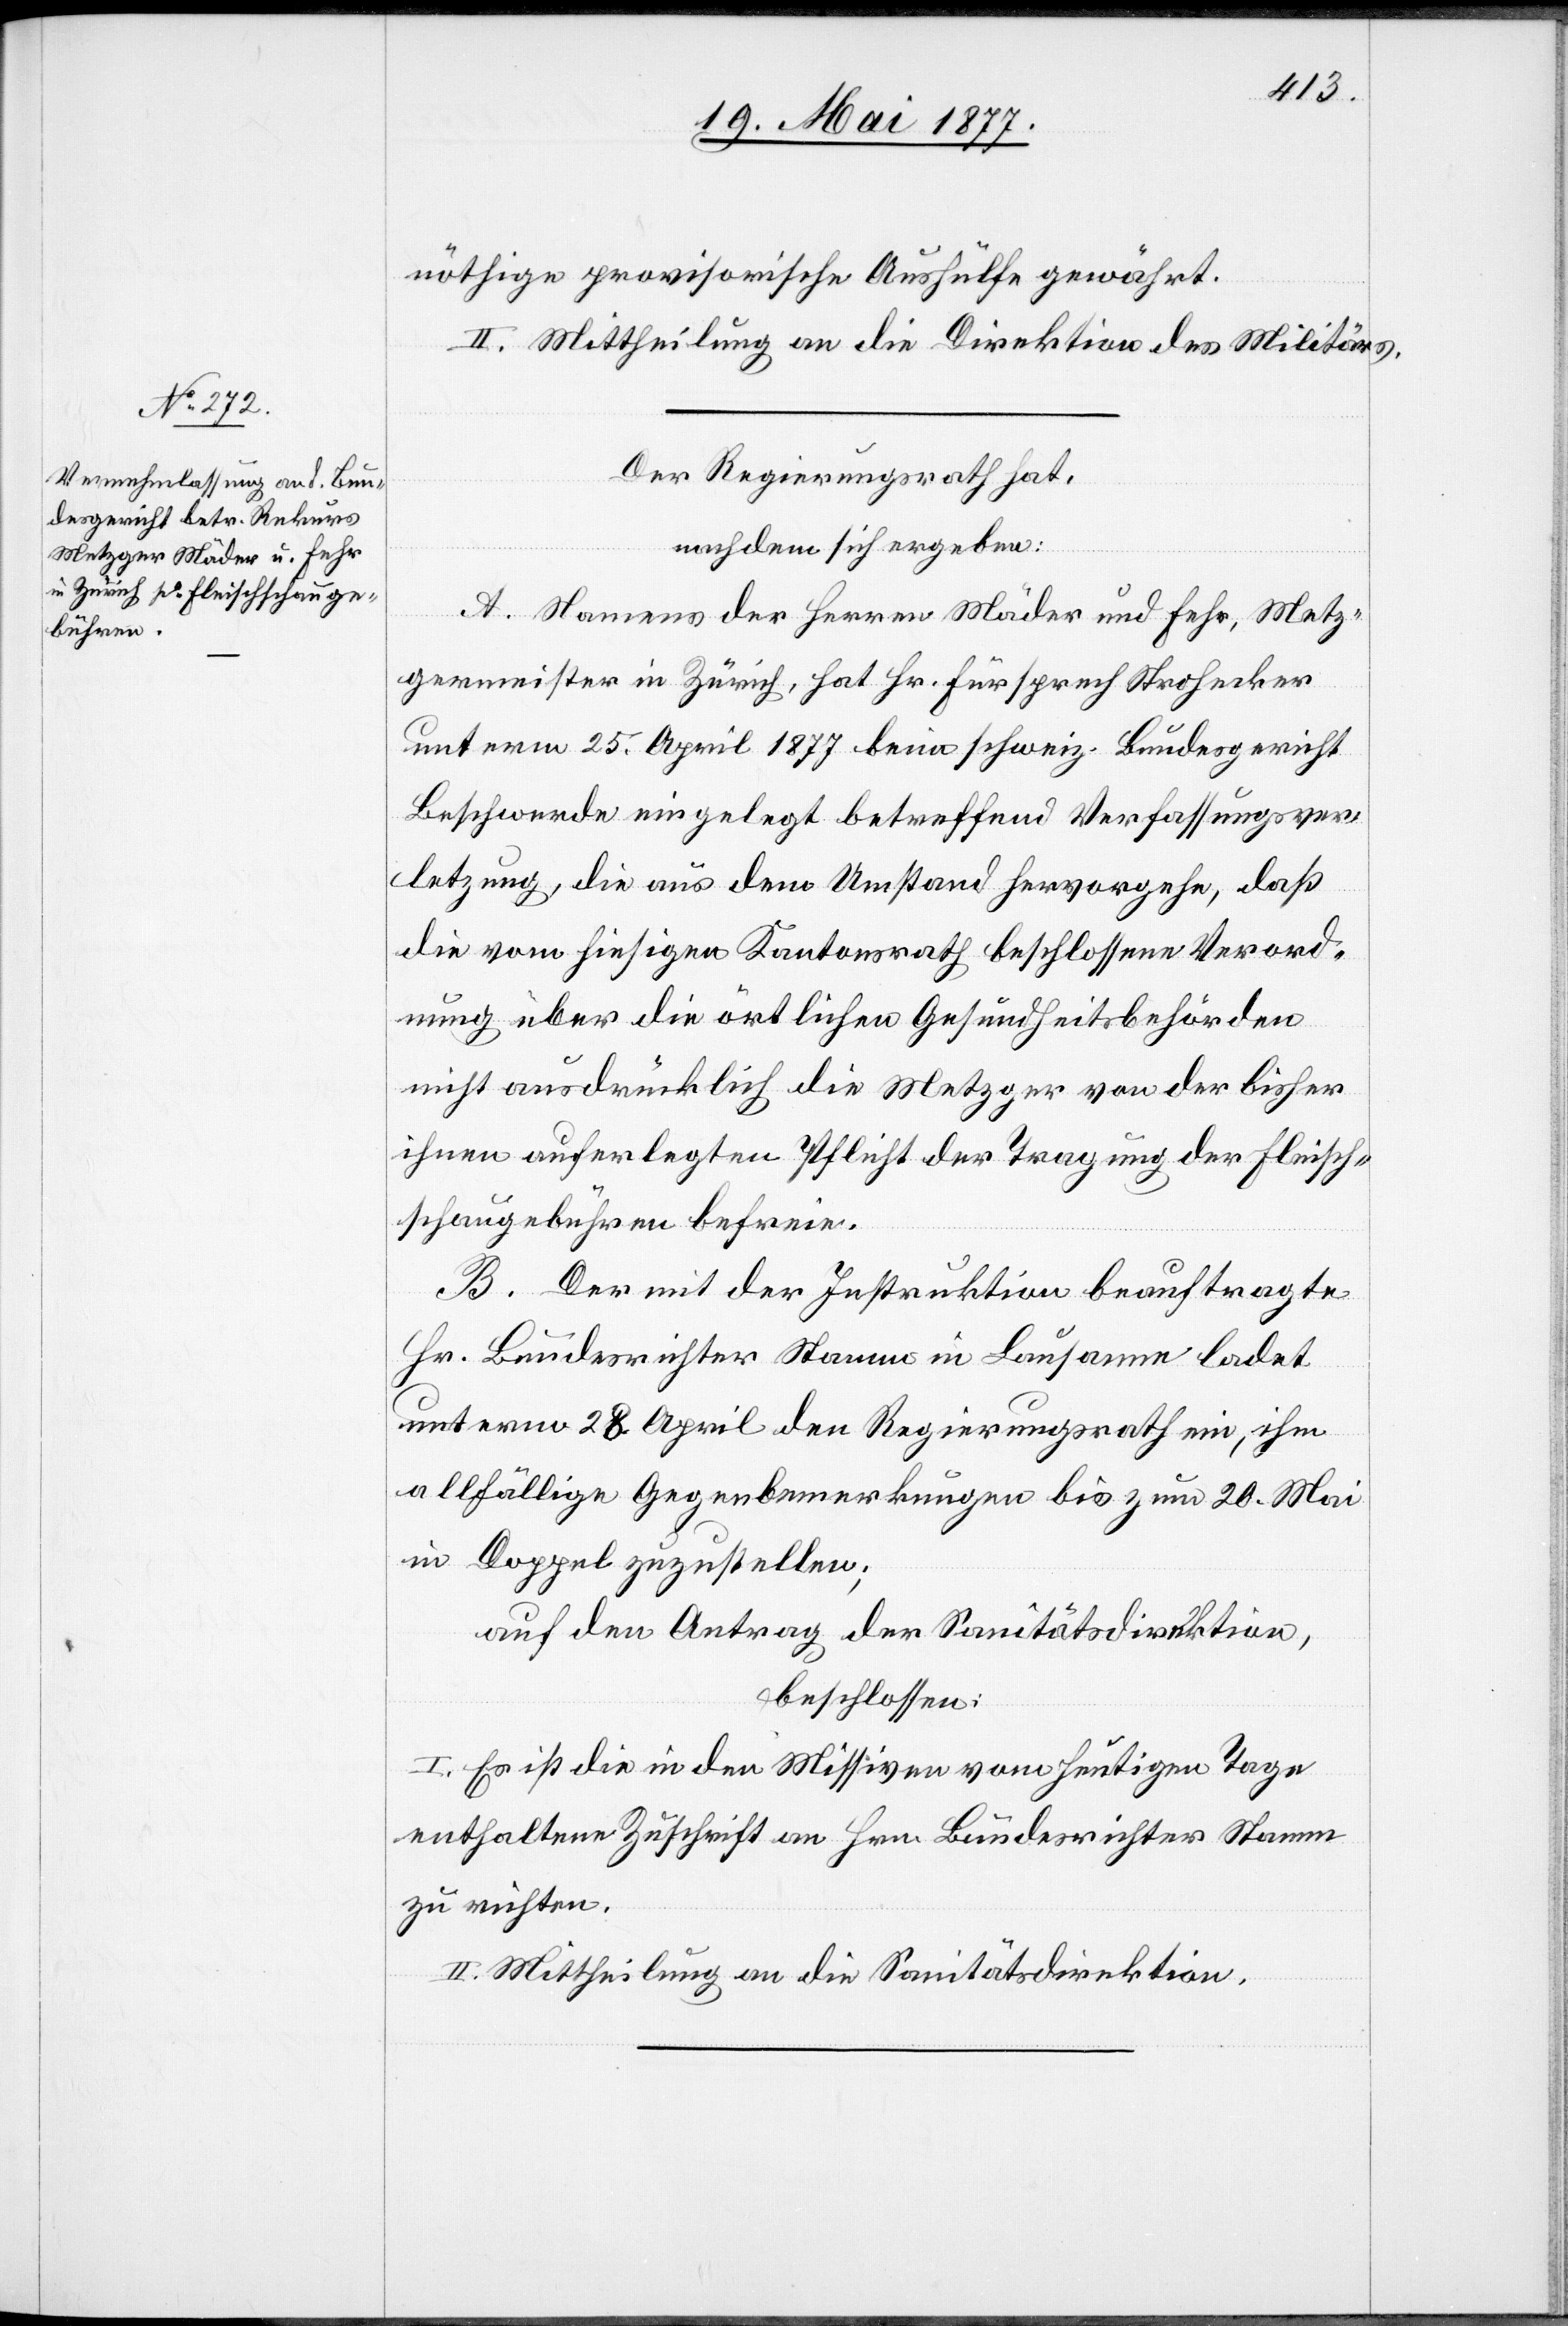
nöthige provisorische Aushülfe gewährt.
II. Mittheilung an die Direktion des Militärs.
Der Regierungsrath hat,
nachdem sich ergeben:
A. Namens der Herren Mäder und Fehr, Metz¬
germeister in Zürich, hat Hr. Fürsprech Strohecker
unterm 25. April 1877 beim schweiz. Bundesgericht
Beschwerde eingelegt betreffend Verfassungsver¬
letzung, die aus dem Umstand hervorgehe, daß
die vom hiesigen Kantonsrath beschlossene Verord¬
nung über die örtlichen Gesundheitsbehörden
nicht ausdrücklich die Metzger von der bisher
ihnen auferlegten Pflicht der Tragung der Fleisch¬
schaugebühren befreien.
B. Der mit der Instruktion beauftragte
Hr. Bundesrichter Stamm in Lausanne ladet
unterm 28. April den Regierungsrath ein, ihm
allfällige Gegenbemerkungen bis zum 20. Mai
in Doppel zuzustellen;
auf den Antrag der Sanitätsdirektion,
beschlossen:
I. Es ist die in den Missiven vom heutigen Tage
enthaltene Zuschrift an Hrn. Bundesrichter Stamm
zu richten.
II. Mittheilung an die Sanitätsdirektion.